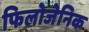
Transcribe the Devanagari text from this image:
फिलोजेनिक